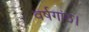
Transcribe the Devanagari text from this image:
वर्षगांठ।